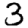
Digit: 3